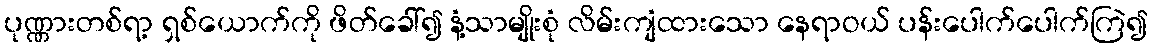
ပုဏ္ဏားတစ်ရာ့ ရှစ်ယောက်ကို ဖိတ်ခေါ်၍ နံ့သာမျိုးစုံ လိမ်းကျံထားသော နေရာဝယ် ပန်းပေါက်ပေါက်ကြဲ၍